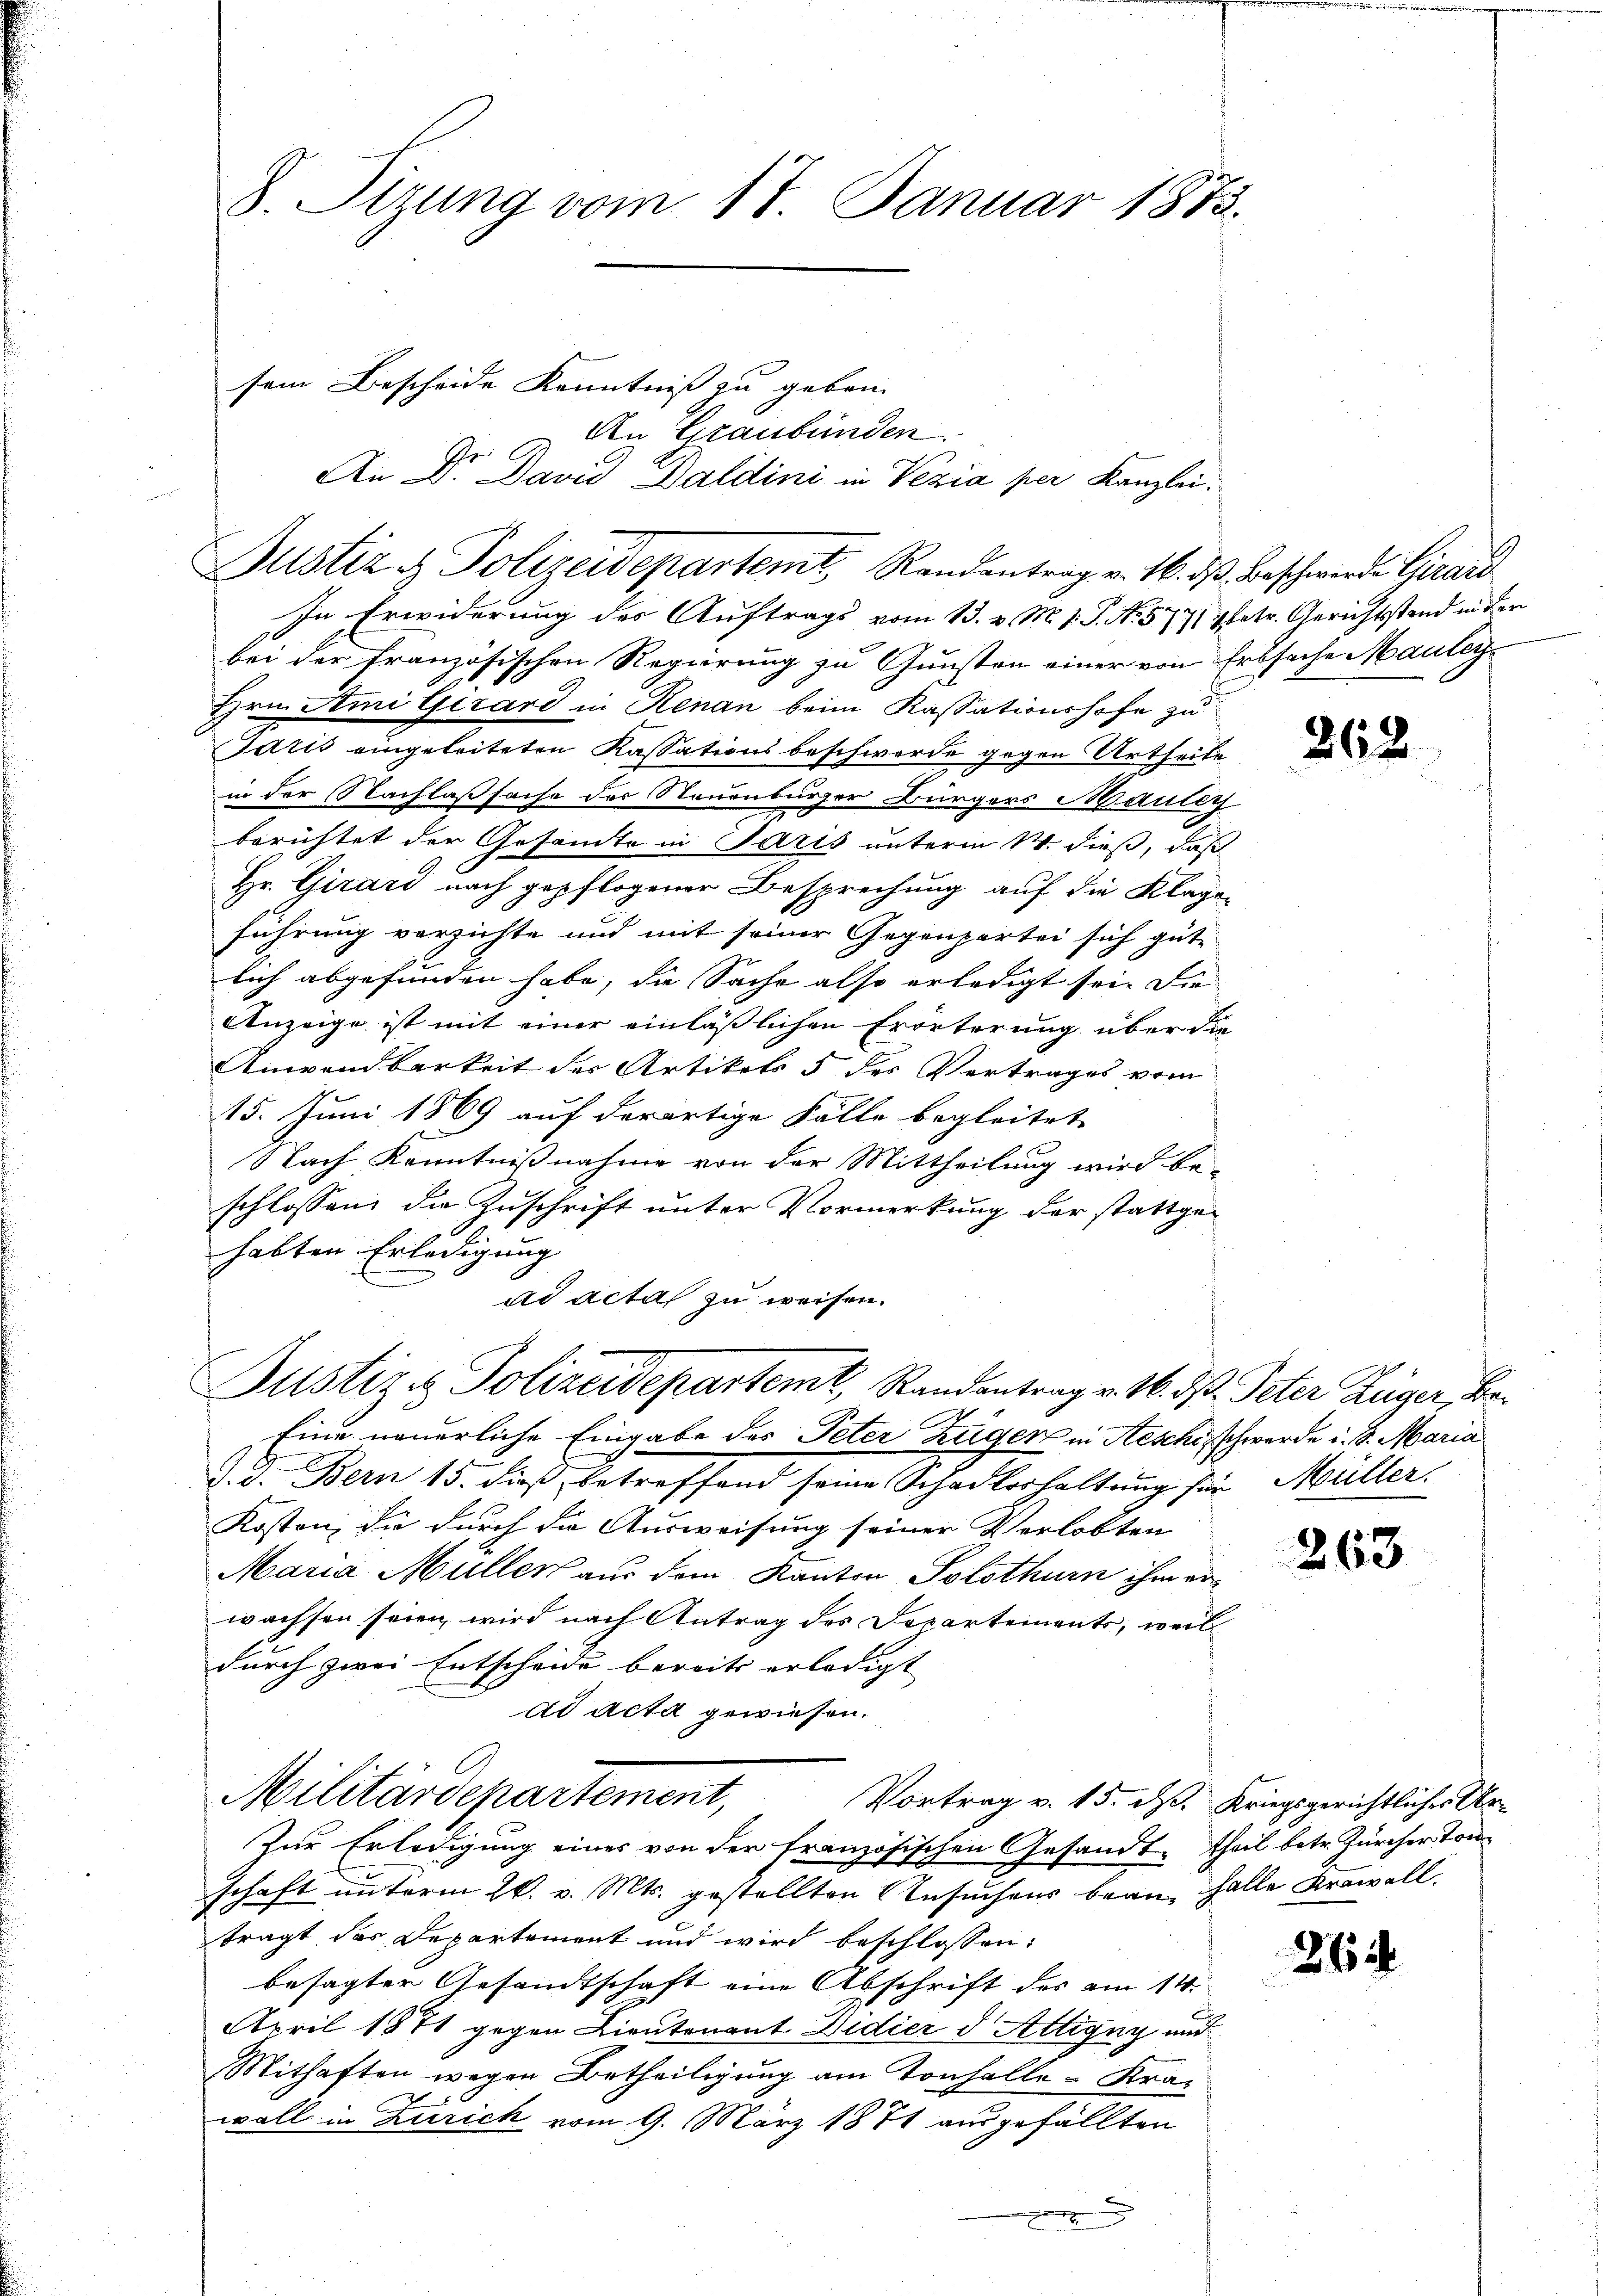
An Graubünden.
An 2. David Baldini in Vezia per Kanzlei.
In Erwiderung des Auftrags vom 13. v. M. v. J. N. 577 pfetr. Gerichtstand in der
bei der französischen Regierung zu Gunsten einer von Erbsache Mauley¬
Hrn. Ami Girard in Renan beim Kassationshofe zu
Garis eingeleiteten Kassationsbeschwerde gegen Urtheile
in der Nachlaßsache der Steuenburger Bürgers Mauley
berichtet der Gesamte in Paris unterm 14. dieß, daß
Hr. Girard nach gepflogener Besprechung auf die Klageführung verzichte und mit seiner Gegenpartei sich gute
lich abgefunden habe, die Sache also erledigt sei. Die
Anzeige ist mit einer einläßlichen Erörterung über die
Anwendbarkeit der Artikels 5 des Vertrages vom
15. Juni 1869 auf derartige Fälle begleitet
Nach Kenntnißnahme von der Mittheilung wird be-
schlossen, die Zuschrift unter Vormerkung der stattgehabten Erledigung
ad acta zu weisen.

S. Tizung vom 17. Januar 1873.

sein Bescheide Kenntniss zu geben.
Se

Justiz & Polizeidepartemt Randantrag v. 16. d. Beschwerde Girard

Justiz & Polizeidepartemt, Randantrag v. 16. ds. Peter Züger, be¬

Militärdepartement,

Eine neuerliche Eingabe des Peter Zügen in Aesche, schwerde u. S. Maria
d. d. Bern 15. dieß, betreffend seine Schadloshaltung für Müller.
Kosten, die durch die Ausweisung seiner Verlobten
Maria Müller aus dem Kanton Solothurn ihm ei
wachsen seien, wird nach Antrag des Departements, weil
durch zwei Entscheide bereits erledigt
ad acta gewiesen.
Vortrag v. 15. d. Kriegsgerichtlicher Ur¬
Zur Erledigung eines von der französischen Gesandt, theil betr. Zürcher Ton
schaft unterm 26. v. Mts. gestellten Ansuchens beau, Falle Krawall.
trägt des Departement und wird beschlossen:
besagter Gesandtschaft eine Abschrift des am 14.
April 1871 gegen Lieutenant Didier d Attigny und
Mithaften wegen Betheiligung am Tonhalle-Krawall in Zürich vom 9. März 1871 ausgefällten
g

262

263

264